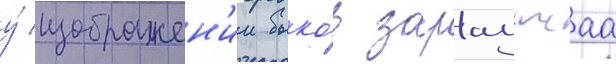
у́ изображен'ии быко́в зараутсаа